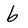
Character: b